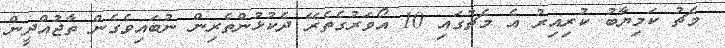
މެޗު ކަމިޔާބު ކުރިއިރު އެ މެޗުގައި 10 އޯވަރުގެތެރޭ ދެކުޅުންތެރިން ނުބައިވެގެން ތާޖުއްދީން